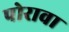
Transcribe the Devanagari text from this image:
पोरावा